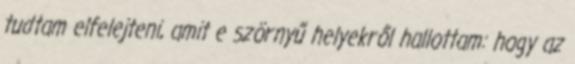
tudtam elfelejteni, amit e szörnyű helyekről hallottam: hogy az